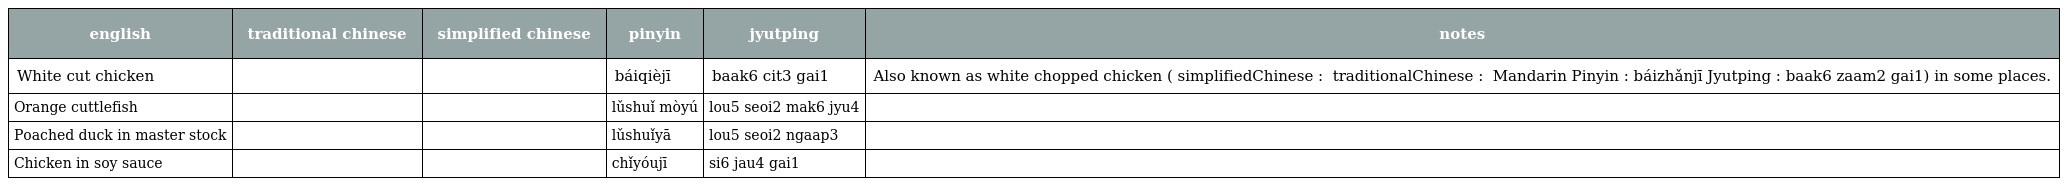
| english | traditional chinese | simplified chinese | pinyin | jyutping | notes |
 | --- | --- | --- | --- | --- | --- |
 | White cut chicken | 白切雞 | 白切鸡 | báiqièjī | baak6 cit3 gai1 | Also known as white chopped chicken ( simplifiedChinese : 白斩鸡 traditionalChinese : 白斬雞 Mandarin Pinyin : báizhǎnjī Jyutping : baak6 zaam2 gai1) in some places. |
 | Orange cuttlefish | 鹵水墨魚 | 卤水墨鱼 | lǔshuǐ mòyú | lou5 seoi2 mak6 jyu4 |  |
 | Poached duck in master stock | 滷水鴨 | 卤水鸭 | lǔshuǐyā | lou5 seoi2 ngaap3 |  |
 | Chicken in soy sauce | 豉油雞 | 豉油鸡 | chǐyóujī | si6 jau4 gai1 |  |